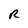
Character: R